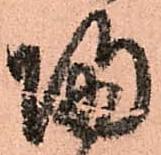
帰